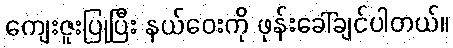
ကျေးဇူးပြုပြီး နယ်ဝေးကို ဖုန်းခေါ်ချင်ပါတယ်။